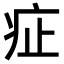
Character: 𤵁